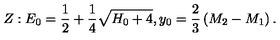
Z : E _ { 0 } = { \frac { 1 } { 2 } } + { \frac { 1 } { 4 } } \sqrt { H _ { 0 } + 4 } , y _ { 0 } = { \frac { 2 } { 3 } } \left( M _ { 2 } - M _ { 1 } \right) .